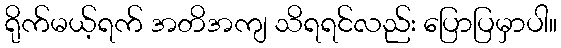
ရိုက်မယ့်ရက် အတိအကျ သိရရင်လည်း ပြောပြမှာပါ။